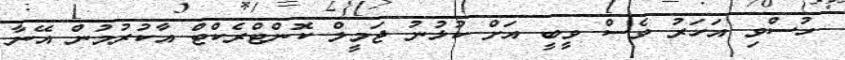
ހުސްވި އަހަރު ވެސް ވީބީ އަށް ކުޅުނު ޖަމީލް ކޮންޓްރެކްޓް އާކުރުމުން އޭނާ